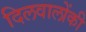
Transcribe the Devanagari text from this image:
दिलवालोंकी